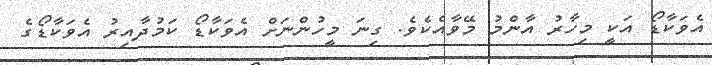
އެވަކާޑޯ އަކީ މިހާރު އާންމު މޭވާއެކެވެ. ގިނަ މީހުންނަށް އެވަކާޑޯ ކަމުދާއިރު އެވަކާޑޯގެ